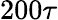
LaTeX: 200\tau